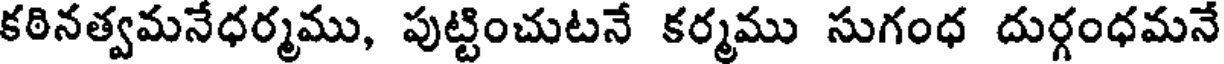
కఠినత్వమనేధర్మము, పుట్టించుటనే కర్మము సుగంధ దుర్గంధమనే